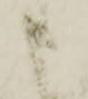
申